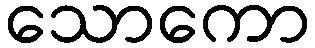
သောကော